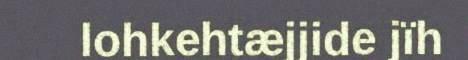
lohkehtæjjide jïh